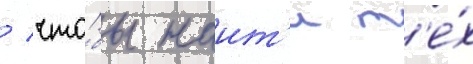
/ что́бы наит'и т'е́х